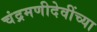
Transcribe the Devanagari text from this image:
चंद्रमणीदेवींच्या